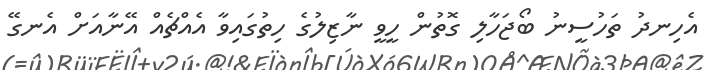
އެހިނދު ތަހުސީނު ބޯޖަހާލި ގޮތުން ހީވީ ނާޒިލުގެ ހިތުގައިވާ އެއްޗެއް އޭނާއަށް އެނގޭ